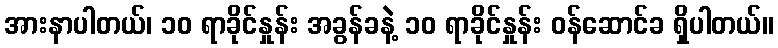
အားနာပါတယ်၊ ၁၀ ရာခိုင်နှုန်း အခွန်ခနဲ့ ၁၀ ရာခိုင်နှုန်း ဝန်ဆောင်ခ ရှိပါတယ်။